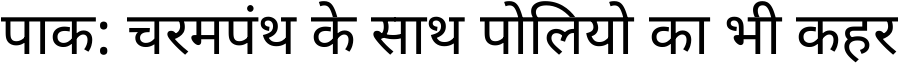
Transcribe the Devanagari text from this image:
पाक: चरमपंथ के साथ पोलियो का भी कहर